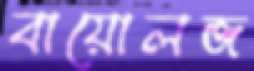
বায়োলজ